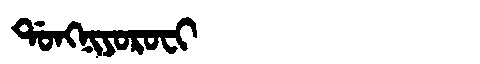
Manchu: ᡩᠣᠩᠨᡳᠶᠣᡵᠣᠸᡳ
Romanization: DONGNIYOROFI